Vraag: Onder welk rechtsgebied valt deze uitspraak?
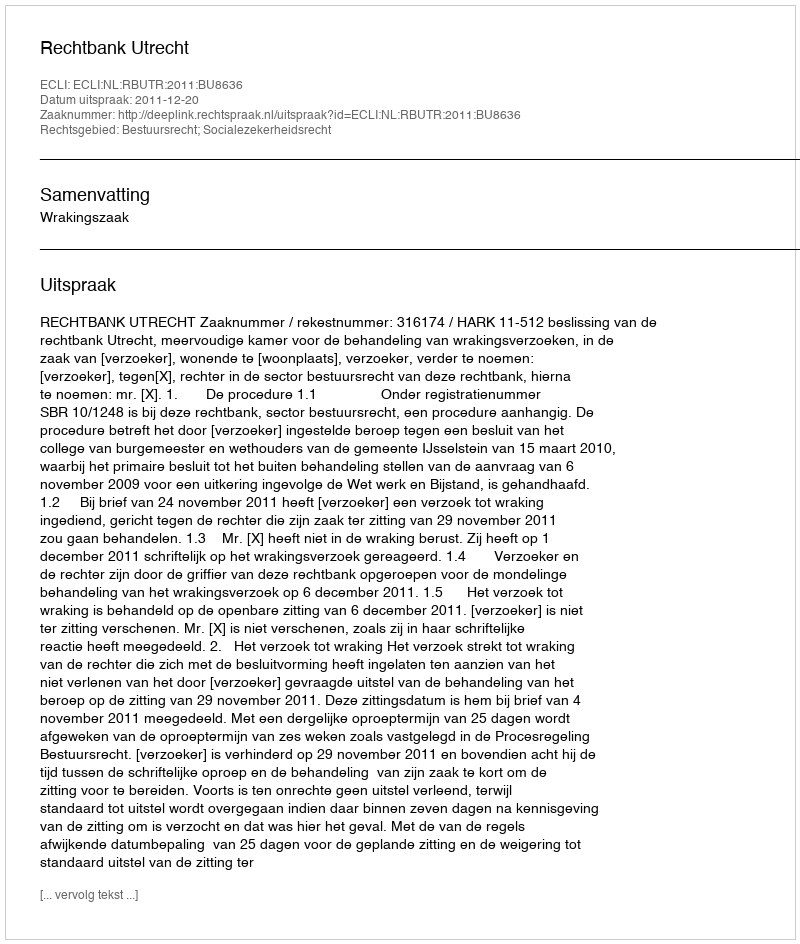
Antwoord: Bestuursrecht; Socialezekerheidsrecht